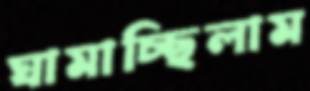
ঘামাচ্ছিলাম